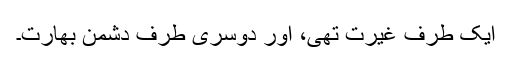
ایک طرف غیرت تھی، اور دوسری طرف دشمن بھارت۔